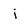
Character: i